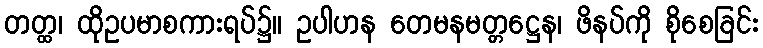
တတ္ထ၊ ထိုဥပမာစကားရပ်၌။ ဥပါဟန တေမနမတ္တဋ္ဌေန၊ ဖိနပ်ကို စိုစေခြင်း